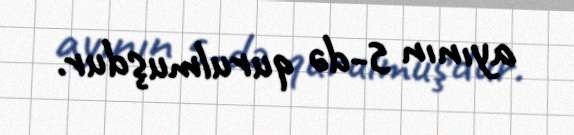
ayının 5-də qurulmuşdur.